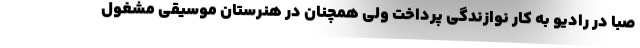
صبا در رادیو به کار نوازندگی پرداخت ولی همچنان در هنرستان موسیقی مشغول